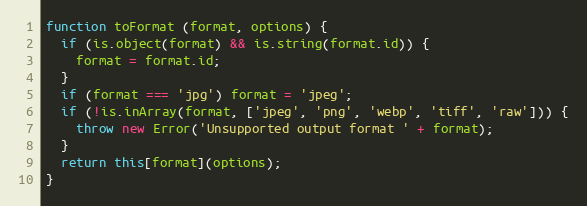
Language: JavaScript
function toFormat (format, options) {
  if (is.object(format) && is.string(format.id)) {
    format = format.id;
  }
  if (format === 'jpg') format = 'jpeg';
  if (!is.inArray(format, ['jpeg', 'png', 'webp', 'tiff', 'raw'])) {
    throw new Error('Unsupported output format ' + format);
  }
  return this[format](options);
}